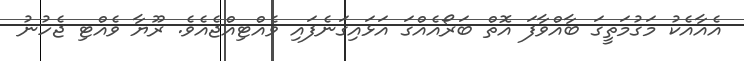
އެއާއެކު މަގުމަތީގަ ބާއްވާފަ އޮތް ބަރޯއެއްގަ އަޅައިގަނެފައި ވެއްޓިއްޖެއެވެ. ރޫޔާ ވެއްޓި ޖެހުނު